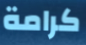
كرامة